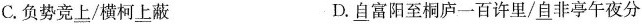
C.负势竞\underline{上}/横柯\underline{上}蔽 D.\underline{自}富阳至桐庐一百许里/\underline{自}非亭午夜分